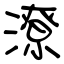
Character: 潦